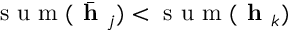
\textrm { s u m } ( \bar { \textbf { h } } _ { j } ) < \textrm { s u m } ( \textbf { h } _ { k } )